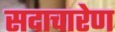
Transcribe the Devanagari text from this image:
सदाचारेण